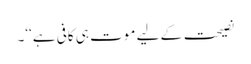
نصیحت کے لیے موت ہی کافی ہے‘‘۔